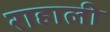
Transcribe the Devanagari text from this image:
राहाली